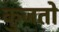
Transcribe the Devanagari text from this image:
कुजतो